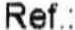
REF.: